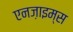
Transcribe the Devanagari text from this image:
एनज़ाइम्स